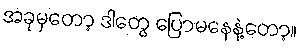
အခုမှတော့ ဒါတွေ ပြောမနေနဲ့တော့။